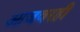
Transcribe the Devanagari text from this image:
आजवरही